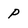
Character: p